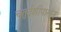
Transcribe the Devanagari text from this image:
चतुर्दशीपासून